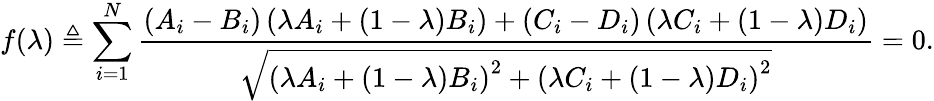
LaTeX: f(\lambda)\triangleq\sum_{i=1}^{N}\frac{\left(A_{i}-B_{i}\right)\left(\lambda A_{i}+\left(1-\lambda\right)B_{i}\right)+\left(C_{i}-D_{i}\right)\left(\lambda C_{i}+\left(1-\lambda\right)D_{i}\right)}{\sqrt{\left(\lambda A_{i}+\left(1-\lambda\right)B_{i}\right)^{2}+\left(\lambda C_{i}+\left(1-\lambda\right)D_{i}\right)^{2}}}=0.